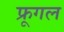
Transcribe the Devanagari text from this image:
फ्रूगल